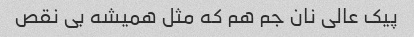
پیک عالی نان جم هم که مثل همیشه بی نقص